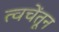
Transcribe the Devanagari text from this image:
त्वचेंतून